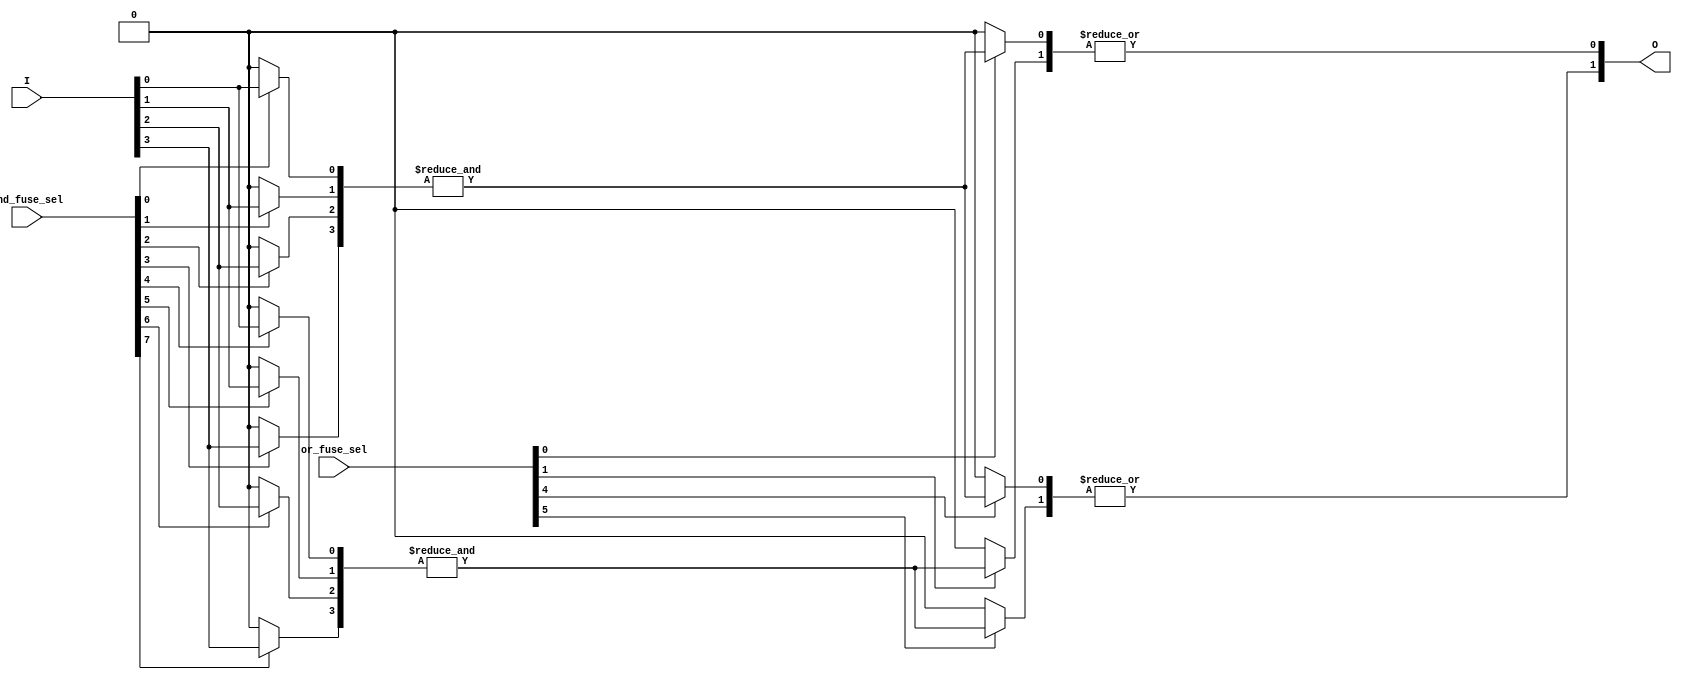
module PLA #(parameter N = 4, // Number of inputs
             parameter M = 4, // Number of AND gates (product terms)
             parameter K = 2  // Number of OR gates (outputs)
            ) (
    input  wire [N-1:0] I, // Input signals
    input  wire [M*N-1:0] and_fuse_sel, // Fuse selection for AND gates
    input  wire [K*M-1:0] or_fuse_sel, // Fuse selection for OR gates
    output wire [K-1:0] O // Output signals
);

// Internal signals for product terms (from AND gates)
wire [M-1:0] P;

// Programmable AND array
genvar i, j;
generate
    for (i = 0; i < M; i = i + 1) begin : and_array
        wire [N-1:0] and_inputs;
        
        // Select the inputs for the AND gate based on the fuse connections
        generate
            for (j = 0; j < N; j = j + 1) begin : and_select
                assign and_inputs[j] = and_fuse_sel[(i*N + j)] ? I[j] : 1'b0;
            end
        endgenerate
        
        // Generate the product term for the AND gate
        assign P[i] = &and_inputs; // AND operation
    end
endgenerate

// Internal signals for OR terms (selected product terms)
wire [K-1:0] or_inputs[K];

// Programmable OR array
generate
    for (i = 0; i < K; i = i + 1) begin : or_array
        wire [M-1:0] or_term;
        
        // Select the product terms for the OR gate based on fuse connections
        generate
            for (j = 0; j < M; j = j + 1) begin : or_select
                assign or_inputs[i][j] = or_fuse_sel[(i*M + j)] ? P[j] : 1'b0;
            end
        endgenerate
        
        // Generate the output for the OR gate
        assign O[i] = |or_inputs[i]; // OR operation
    end
endgenerate

endmodule